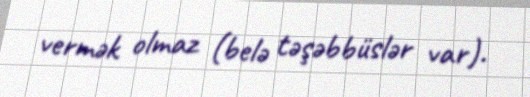
vermək olmaz (belə təşəbbüslər var).